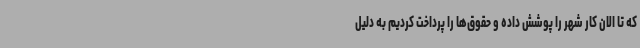
که تا الان کار شهر را پوشش داده و حقوق‌ها را پرداخت کردیم به دلیل